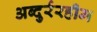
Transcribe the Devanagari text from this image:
अब्दुर्ररहीम